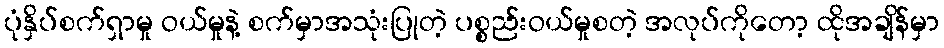
ပုံနှိပ်စက်ရှာမှု ဝယ်မှုနဲ့ စက်မှာအသုံးပြုတဲ့ ပစ္စည်းဝယ်မှုစတဲ့ အလုပ်ကိုတော့ ထိုအချိန်မှာ